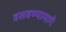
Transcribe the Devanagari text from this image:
वसवण्यामागे